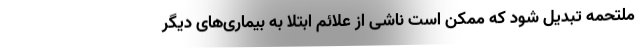
ملتحمه تبدیل شود که ممکن است ناشی از علائم ابتلا به بیماری‌های دیگر